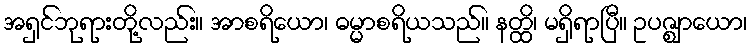
အရှင်ဘုရားတို့လည်း။ အာစရိယော၊ ဓမ္မာစရိယသည်။ နတ္ထိ၊ မရှိရာပြီ။ ဥပဇ္ဈာယော၊